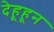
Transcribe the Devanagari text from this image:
देहूहून